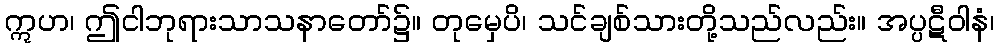
ဣဟ၊ ဤငါဘုရားသာသနာတော်၌။ တုမှေပိ၊ သင်ချစ်သားတို့သည်လည်း။ အပ္ပဋီဝါနံ၊